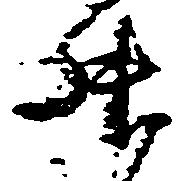
升